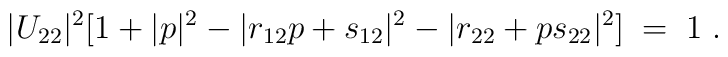
|U_{22}|^2[1+|p|^2-|r_{12}p+ s_{12}|^2-|r_{22}+p s_{22}|^2]\;=\;1\;.